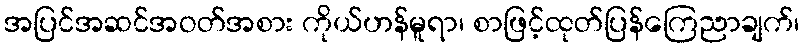
အပြင်အဆင်အဝတ်အစား ကိုယ်ဟန်မူရာ၊ စာဖြင့်ထုတ်ပြန်ကြေညာချက်၊